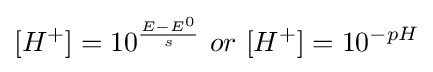
[H^{+}]=10^{\frac {E-E^{0}}{s}}\ or\ [H^{+}]=10^{-pH}